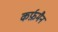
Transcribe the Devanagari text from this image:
कर्फ़मैन